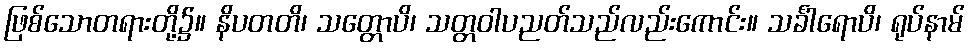
ဖြစ်သောတရားတို့၌။ နိပတတိ၊ သတ္တောပိ၊ သတ္တဝါပညတ်သည်လည်းကောင်း။ သင်္ခါရောပိ၊ ရုပ်နာမ်